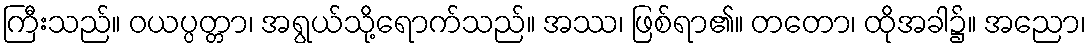
ကြီးသည်။ ဝယပ္ပတ္တာ၊ အရွယ်သို့ရောက်သည်။ အဿ၊ ဖြစ်ရာ၏။ တတော၊ ထိုအခါ၌။ အညော၊